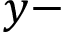
y -